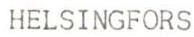
HELSINGFORS